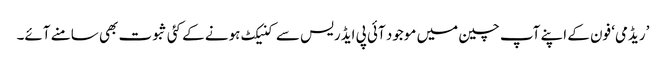
’ریڈمی‘ فون کے اپنے آپ چین میں موجود آئی پی ایڈریس سے کنیکٹ ہونے کے کئی ثبوت بھی سامنے آئے۔